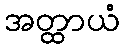
အတ္ထာယံ